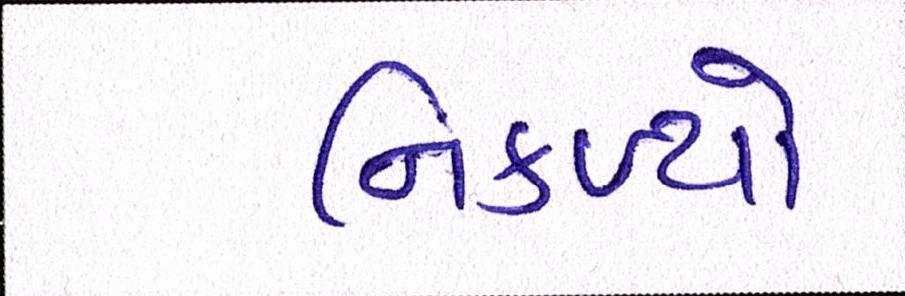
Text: નિકળ્યો